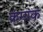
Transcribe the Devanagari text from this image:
क्रंमांक